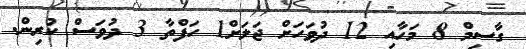
ގާސިމް 8 މަހާއި 12 ދުވަހަށް ޖަލަށް1 ހަފްތާ 3 ދުވަސް ކުރިން.